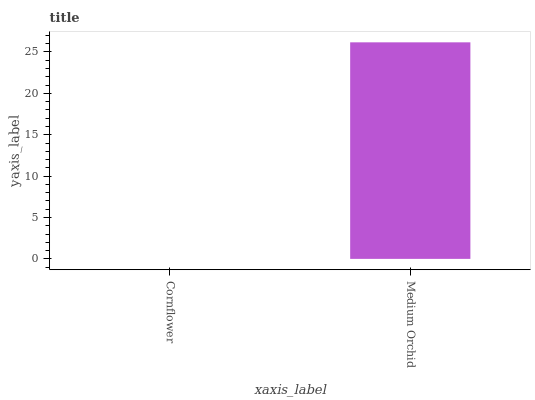
| xaxis_label | bars |
 | --- | --- |
 | Cornflower | 0 |
 | Medium Orchid | 26.2 |